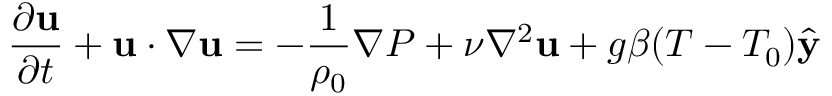
\frac { \partial \mathbf { u } } { \partial t } + \mathbf { u } \cdot \nabla \mathbf { u } = - \frac { 1 } { \rho _ { 0 } } \nabla P + \nu \nabla ^ { 2 } \mathbf { u } + g \beta ( T - T _ { 0 } ) \hat { \mathbf { y } }